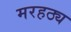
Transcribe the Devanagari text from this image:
मरहठ्य